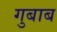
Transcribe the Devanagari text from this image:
गुबाब